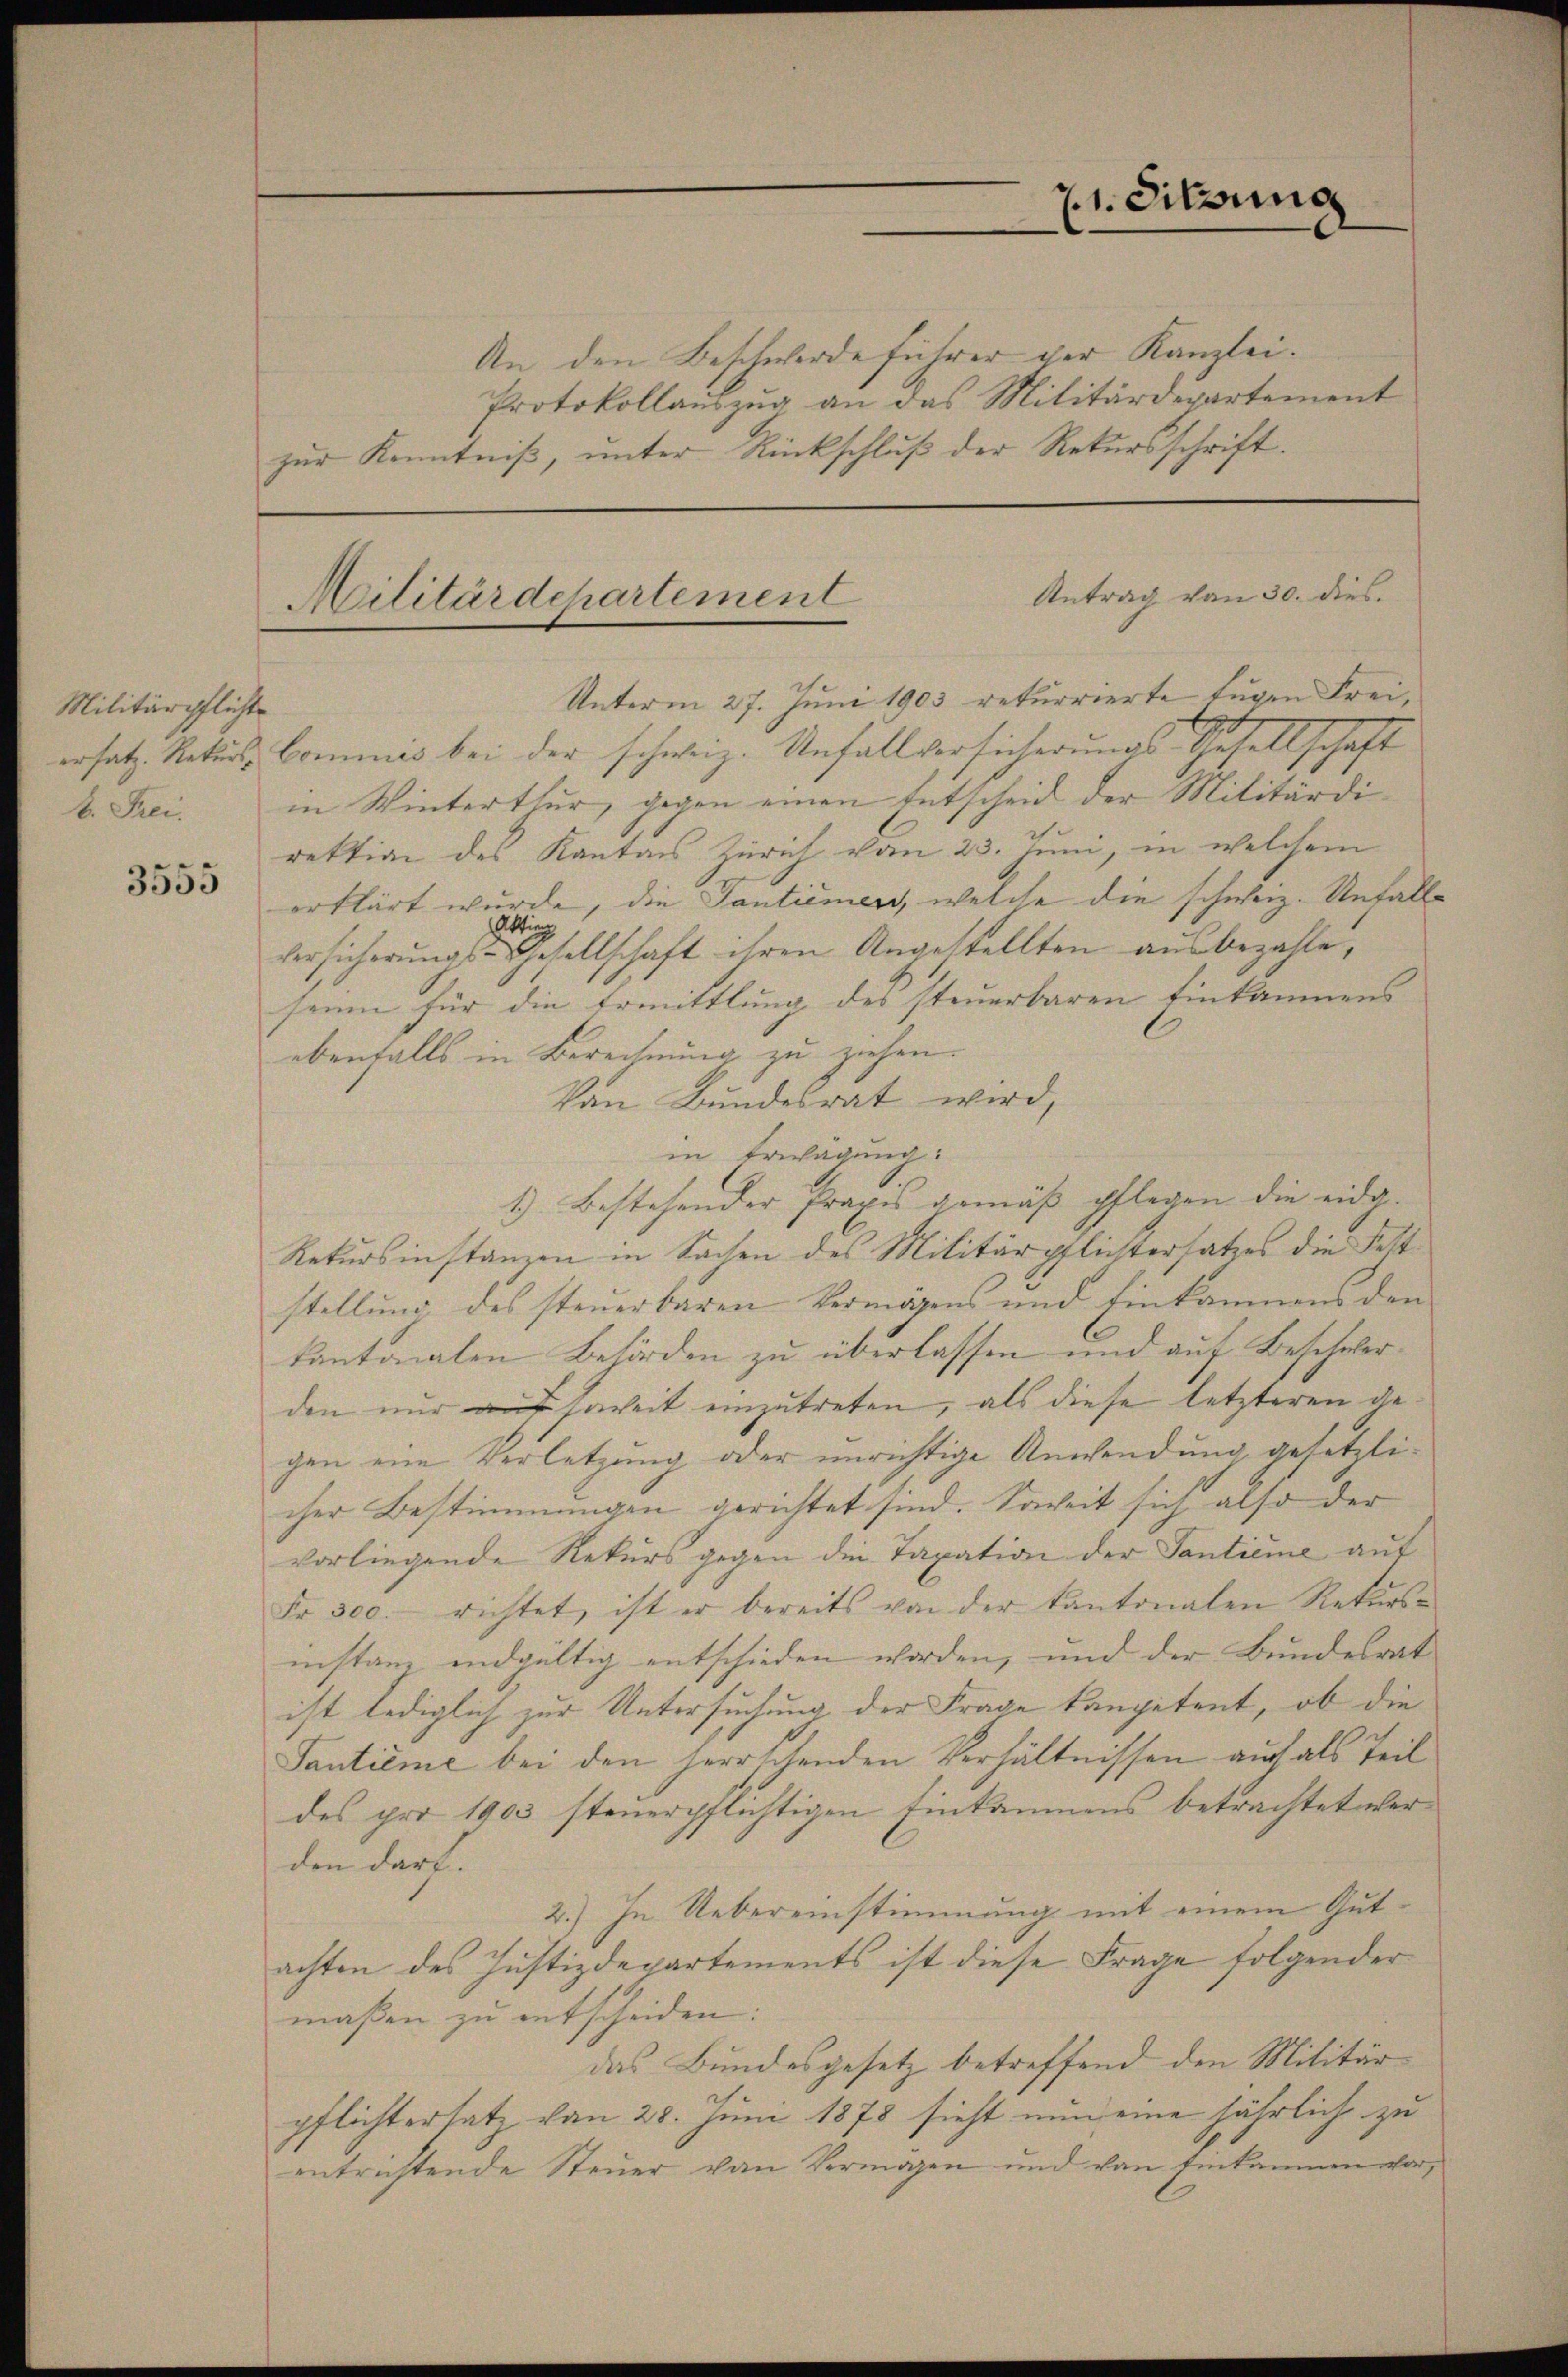
Militärpflichte
b. Frei.
3555

An den Beschwerde führer ger Kanzlei.
Protokollauszug an das Militärdepartement
zur Kenntniß, unter Rückschluß der Rekursschrift.

Antrag von 30. dies
Militärdepartement

21. Sitzung

Unterm 27. Juni 1903 rekurrierte Eugen Freiersatz Rekurs-Commes bei der schweiz. Unfallversicherungs Gesellschaft
in Winterthur, gegen einen Entscheid der Militärdirektion des Kanton Zürich vom 23. Juni, in welchem
erklärt wurde, die Tantiemen, welche die schweiz. Unfalls
Attin
versicherungs-Gesellschaft ihren Angestellten ausbezahle,
seine für die Ermittlung des steuerbaren Einkammens
ebenfalls in Berechnung zu ziehen.
Von Bundesrat wird,
in Erwägung:
1.) Bestehender Praxis gemäß pflegen die eidg.
Retursinstanzen in Sachen des Militärpflichtersatzes die Feststellung des steuerbaren Vermögens und Einkammens den
kantonalen Behörden zu überlassen und auf Beschwerden nur auf soweit einzutreten, als diese letzteren gegen eine Verletzung oder unrichtige Anwendung gesetzlicher Bestimmungen gerichtet sind. Soweit sich also der
vorliegende Rekurs gegen die Taxation der Tantieme auf
Fr. 300. richtet, ist er bereits von der Kantonalen Rekurs-
instanz endgültig entschieden worden, und der Bundesrat
ist lediglich zur Untersuchung der Frage kompetent, ob die
Tantieme bei den herrschenden Verhältnissen auch als Teil
des pro 1903 steuerpflichtigen Einkommens betrachtet werden darf.
2.) In Uebereinstimmung mit einem Gutachten des Justizdepartements ist diese Frage folgender
maßen zu entscheiden:
das Bundesgesetz betreffend den Militär
pflichtersatz vom 28. Juni 1873 sieht nun eine jährlich zu
entrichtende Steuer von Vermögen und von Einkommen vor,